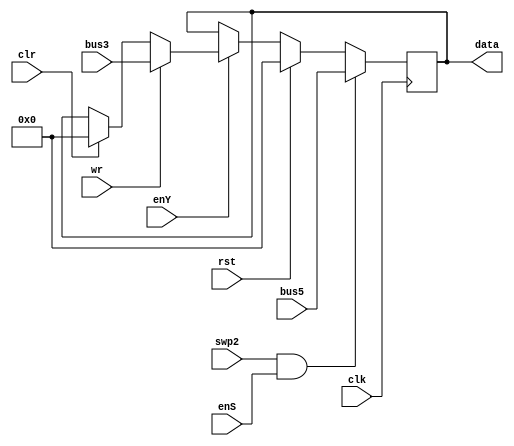
`timescale 1ns / 1ps
//////////////////////////////////////////////////////////////////////////////////
// Company: 
// Engineer: 
// 
// Design Name: 
// Module Name:    R8 
// Project Name: 
// Target Devices: 
// Tool versions: 
// Description: 
//
// Dependencies: 
//
// Revision: 
// Revision 0.01 - File Created
// Additional Comments: 
//
//////////////////////////////////////////////////////////////////////////////////
module R_8(wr,rst,clr,enY,enS,swp2,clk,bus3,bus5,data
    );
input wr,enY,enS,rst,clr,swp2;
input clk;
input [7:0] bus5;
//output [7:0] bus4;
input [7:0] bus3;
output reg [7:0] data= 8'b0;

always @ (negedge clk) begin
	if (rst)
	   data<= 8'b0;
		
	else if (enY) begin
	if (wr)
	data <= bus3;
	else if (clr)
	data<= 8'b0; end
	
	//if (enS) begin 
	if (swp2 & enS)
	data<= bus5;
   //end
end 

endmodule